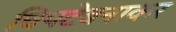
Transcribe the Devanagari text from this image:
चिपटेबनाकर